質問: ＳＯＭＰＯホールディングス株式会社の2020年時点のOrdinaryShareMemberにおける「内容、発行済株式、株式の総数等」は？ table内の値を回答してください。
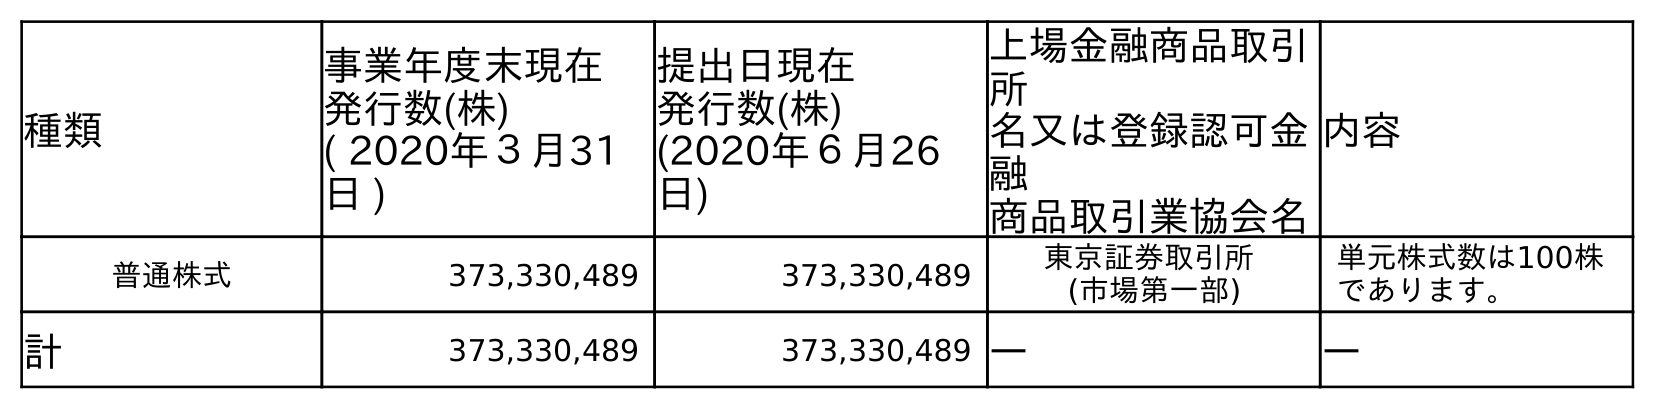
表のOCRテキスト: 種類 事業年度末現在 発行数(株) ( 2020年３月31 日 ) 提出日現在 発行数(株) (2020年６月26 日) 上場金融商品取引 所 名又は登録認可金 融 商品取引業協会名 内容 普通株式 373,330,489 373,330,489 東京証券取引所 (市場第一部) 単元株式数は100株 であります。 計 373,330,489 373,330,489 ― ―
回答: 単元株式数は100株であります。